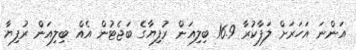
އަންނަ އަހަރަށް ލަފާކުރާ 16.9 ބިލިއަން ރުފިޔާގެ ބަޖެޓުން އެއް ބިލިއަން ރުފިޔާ